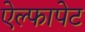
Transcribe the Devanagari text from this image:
ऐल्फापेट